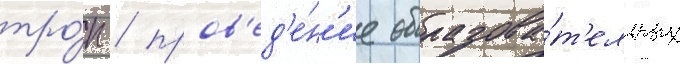
тро́п / пров'ед'е́н'ие образова́т'ельных